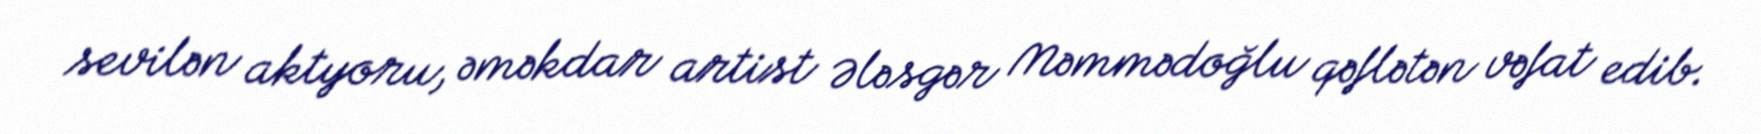
sevilən aktyoru, əməkdar artist Ələsgər Məmmədoğlu qəflətən vəfat edib.